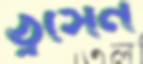
ঠুসেন